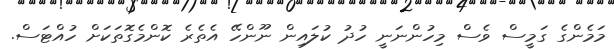
މަމެންގެ ގަމީސް ވެސް މިހުންނަނީ ހުދު ކުލައިން ނޫންހޭ އެތެރެ ކޮންމެގޮތަކަށް ހުއްޓަސް.